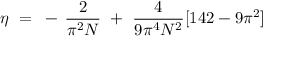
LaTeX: \eta ~ = ~ - \, \frac { 2 } { \pi ^ { 2 } N } ~ + ~ \frac { 4 } { 9 \pi ^ { 4 } N ^ { 2 } } [ 1 4 2 - 9 \pi ^ { 2 } ]